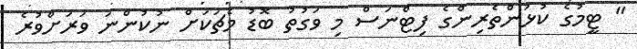
" ޓީމުގެ ކުޅުންތެރިންގެ ފިޓްނަސް މި ވަގުތު ބޮޑު މެޗަކަށް ނުކުންނަ ވަރަށްވުރެ